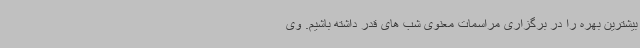
بیشترین بهره را در برگزاری مراسمات معنوی شب های قدر داشته باشیم. وی